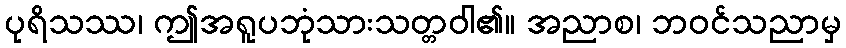
ပုရိသဿ၊ ဤအရူပဘုံသားသတ္တဝါ၏။ အညာစ၊ ဘဝင်သညာမှ